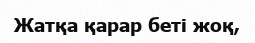
Жатқа қарар беті жоқ,